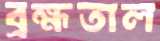
ব্রহ্মতাল